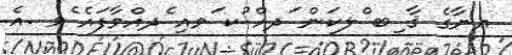
އނާގެ ޤާ ިބ ްލކަން ަދއް ުކ ަވއި ެދއްވާފައެ ެވ .އެ